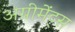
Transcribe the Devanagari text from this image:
अग्रीमेंट्स